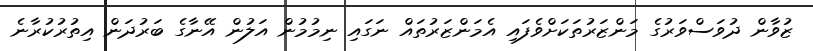
ޒުވާން ދުވަސްވަރުގެ މަންޒަރުތަކަށްވެފައި އެމަންޒަރުތައް ނަގައި ނިމުމުން އަލުން އޭނާގެ ބަރުދަން އިތުރުކުރާނެ